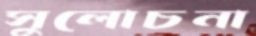
সুলোচনা